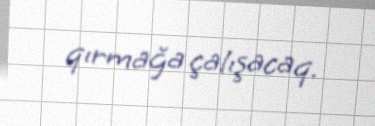
qırmağa çalışacaq.